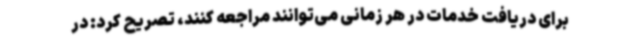
برای دریافت خدمات در هر زمانی می‌توانند مراجعه کنند، تصریح کرد: در